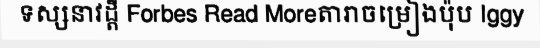
ទស្សនាវដ្តី Forbes Read Moreតារាចម្រៀងប៉ុប Iggy